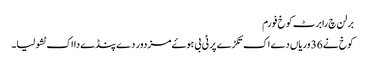
برلن چ رابرٹ کوخ فورم
کوخ نے 36 وریاں دے اک تکڑے پر ٹی بی ہوۓ مزدور دے پنڈے دا اک ٹشو لیا۔